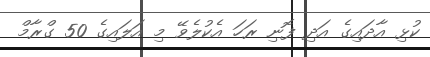
ކުޅި އާދައިގެ އަދި ފޮނި ރަހަ އެކުލެވޭ މި އަލައިގެ 50 ގްރާމް